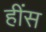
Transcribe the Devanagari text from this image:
हींस